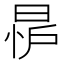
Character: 𪰨